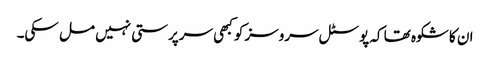
ان کا شکوہ تھا کہ پوسٹل سروسز کو کبھی سرپرستی نہیں مل سکی۔